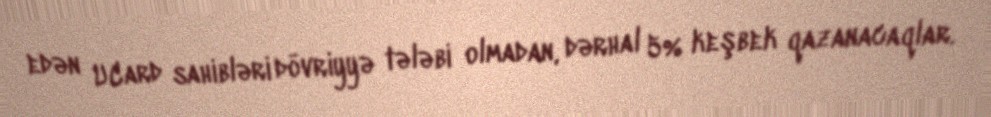
edən UCard sahibləri dövriyyə tələbi olmadan, dərhal 5% keşbek qazanacaqlar.